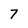
Character: 7